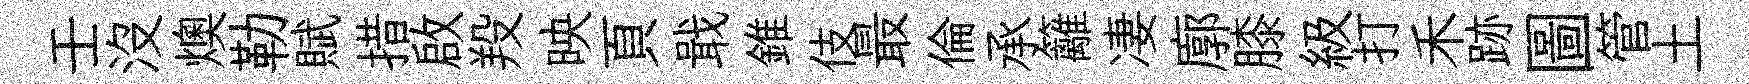
壬沒燠勒賦措啟羖映頁戢錐伎最倫承籬凄廓膝級打禾跡圖管土